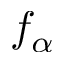
f _ { \alpha }